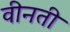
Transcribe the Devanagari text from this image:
वीनती